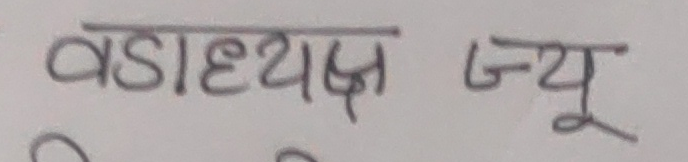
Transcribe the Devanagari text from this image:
वडाध्यक्ष ज्यू